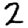
Digit: 2